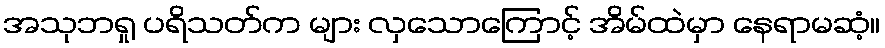
အသုဘရှု ပရိသတ်က များ လှသောကြောင့် အိမ်ထဲမှာ နေရာမဆံ့။